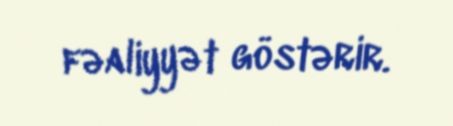
fəaliyyət göstərir.